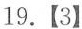
19.【3】